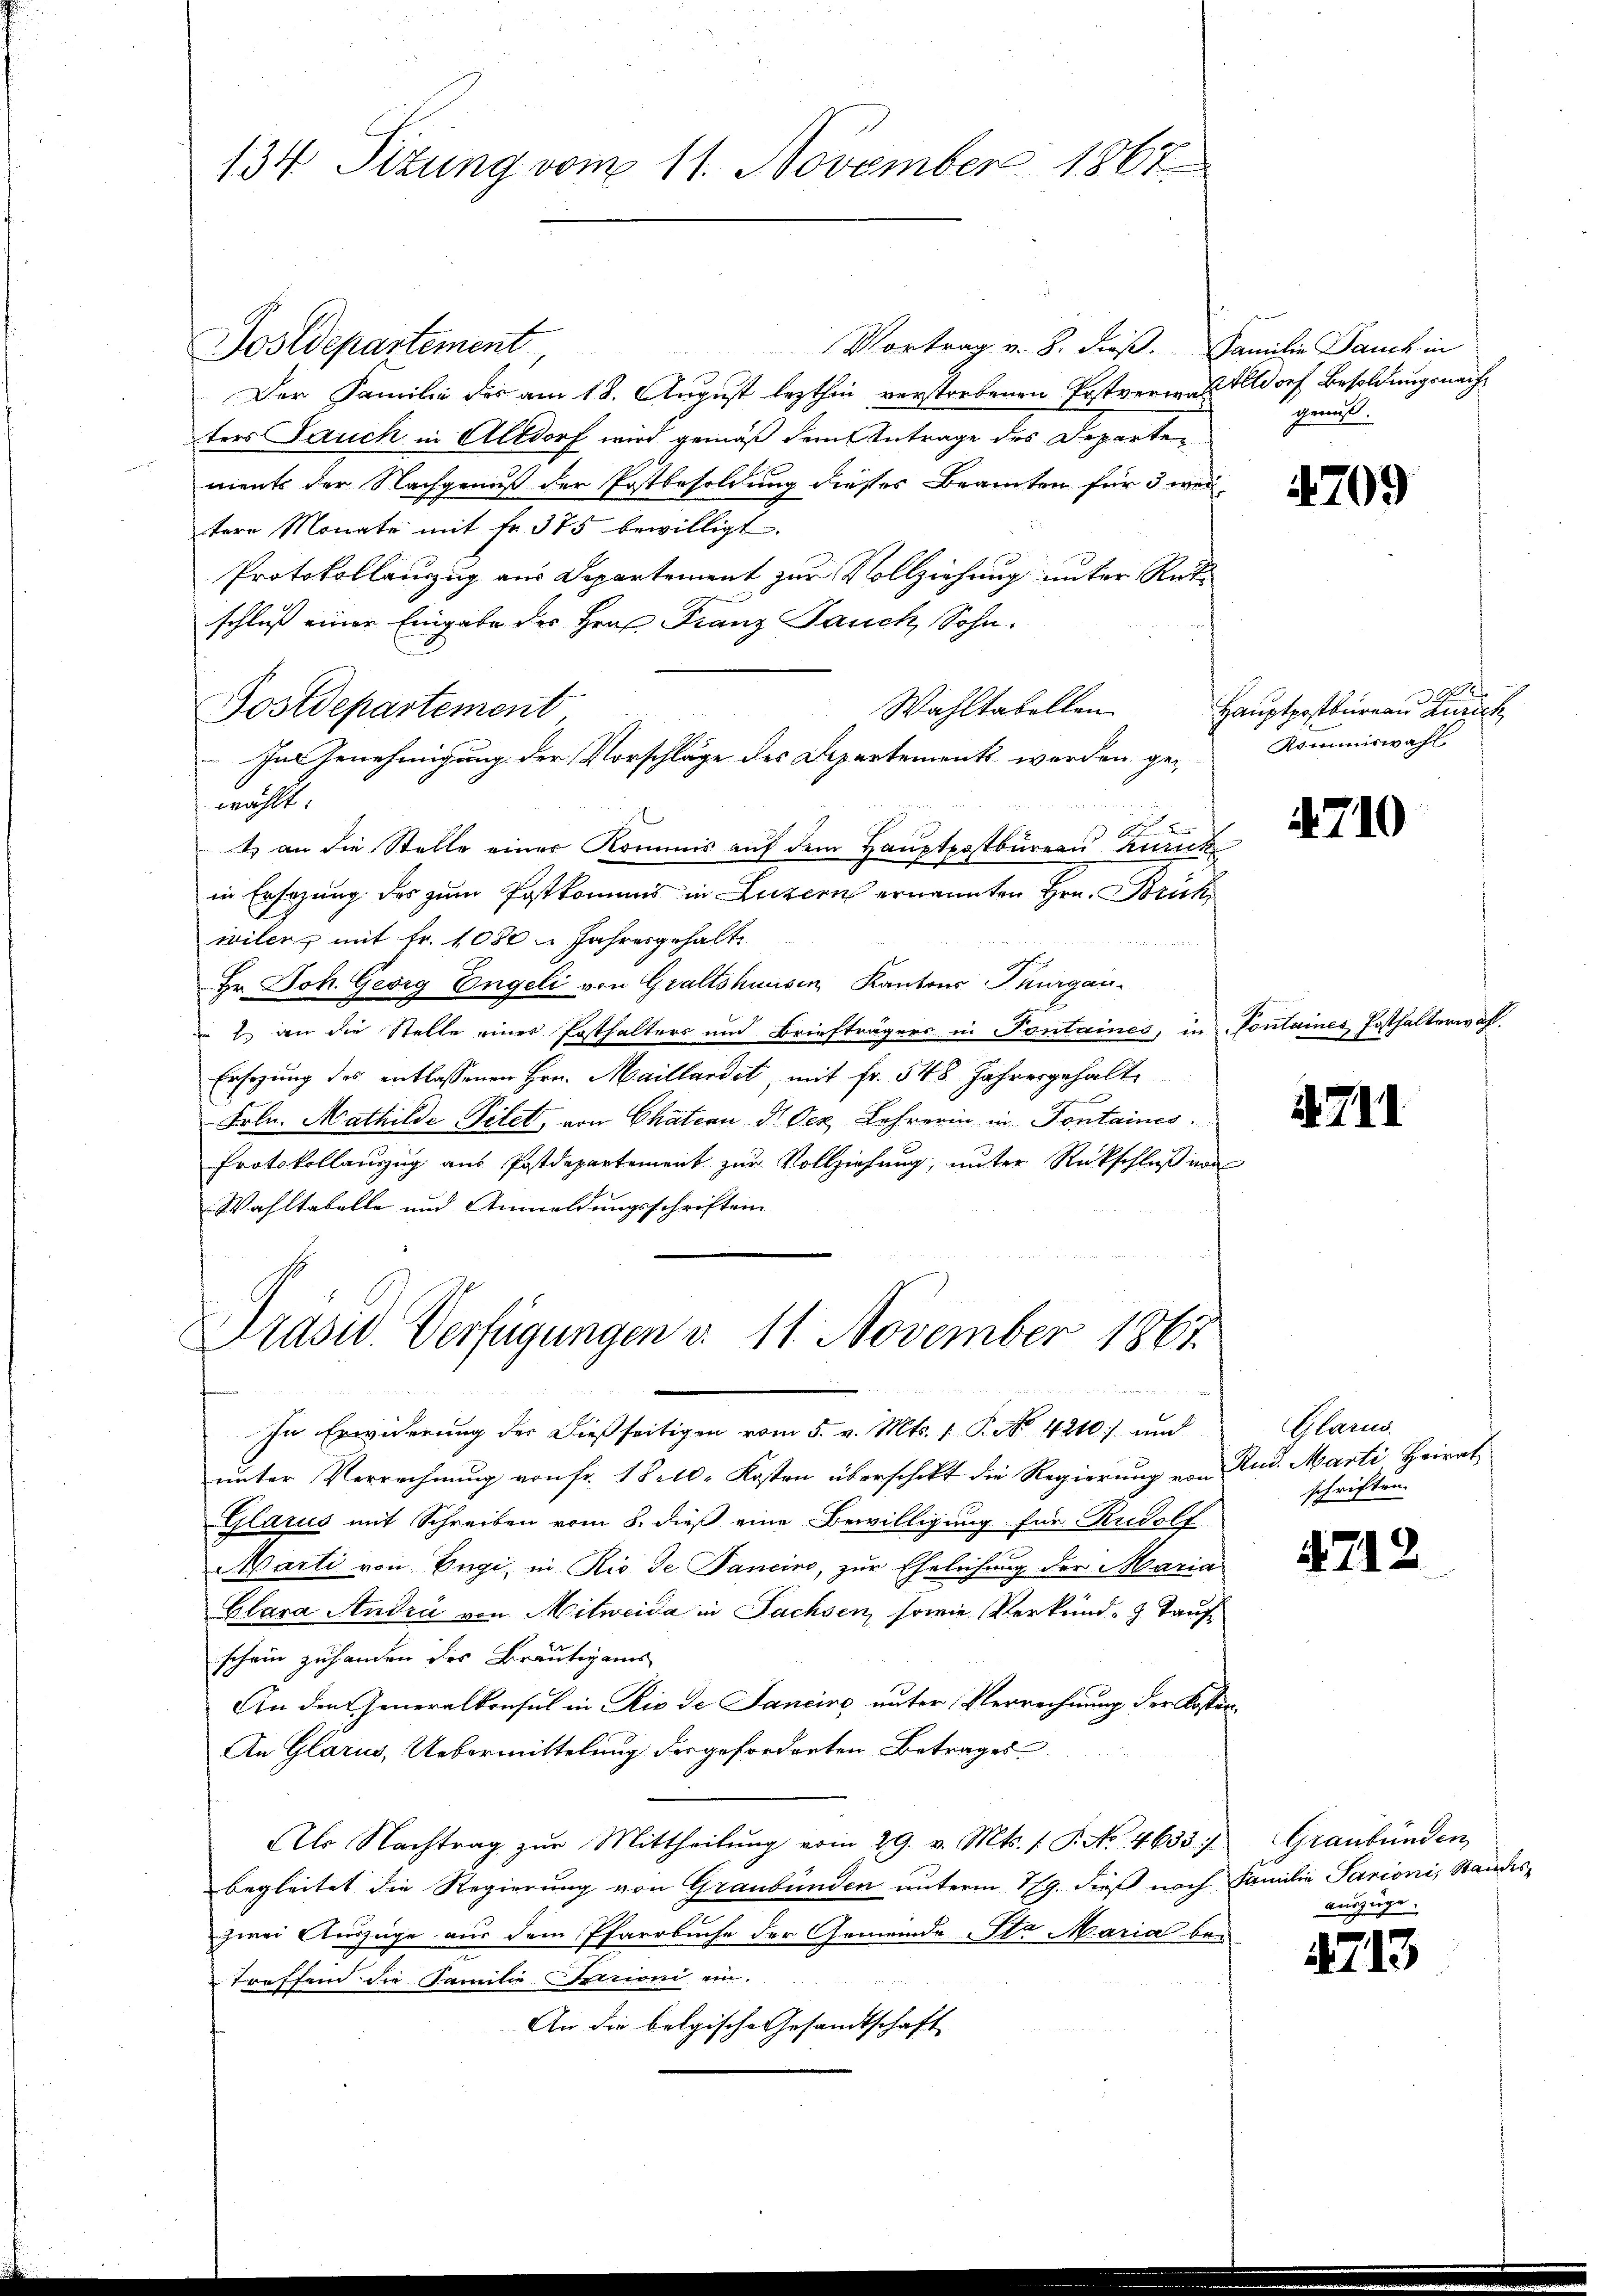
134 Sizung vom 11. November 1867

Sostdepartement
Vortrag v. 8. dieß. Familie Dauch in
Der Familie des am 18. August lezthin verstorbenen Postverwalttdorf Besoldungsnachters Jauch in Altdorf wird gemäß dem Antrage des Departements der Nachgenuß der Postbesoldung dieses Beamten für 3 weitere Monate mit fr. 375 bewilligt.
Protokollenzug aus Departement zur Vollziehung unter Rükschluß einer Eingabe des Hrn. Franz Jauch, Sohn.
Wahltabellen.
Postdepartement
In Genehmigung der Vorschläge des Departements werden gewählt.
e
t an die Stelle einer Kommis auf dem Hauptpostbureau Zürich
in Ersezung des zum Postkommnis in Luzern ernannten Hrn. Brück
wiler mit Fr. 1080 n Jahresgehalt

Hr. Joh. Georg Engeli von Graltshausen, Kantons Thurgau
 2 an die Stelle einer Posthalters und Briefträgers in Fontaines, in Fontaines Posthalterwähl¬
Ersezung des entlassenen Hrn. Maillardet, mit fr. 548 Jahresgehalte
Frln. Mathilde Filet, von Chätern d. Der Lehrerin in Fontaines
Protokollauszug aus Postdepartement zur Vollziehung, unter Rückschluß von
Wahltabelle und Anmeldungsschriften

Präsid. Verfügungen v. 11. November 1867

In Erwiderung der dießseitigen vom 5. v. Mts. 1. P. Nr. 4210) und
unter Verrechnung von fr. 1810. Kosten überschikt die Regierung von Rud. Marti, Heirat
Glarus mit Schreiben vom 8. dieß eine Bewilligung für Rudolf
Marli von Engi, in Rio de Pancins, zur Ehelichung der Maria
Clara Andra von Mitweida in Sachsen, sowie Verkund - 3. Taufschein zuhanden des Bräutigams
An der Generalkonsul in Rio de Sancire unter Verrechnung der Koster¬
An Glarus, Uebermittelung der geforderten Betrages
Als Nachtrag zur Mittheilung vom 29. v. Mts. 1. P. No. 4633/
begleitet die Regierung von Graubünden unterm 7/9. dieß noch Familie Parioni, Standes-
zwei Auszüge aus dem Pfarrbuche der Gemeinde Sta Maria be-
Treffend die Familie Perioni ein
An die belgische Gesandtschaft

gemahl.

4709

2
Hauptpostbureau Zürich
Kommiswahl

4710

4711

Blan
schriften.

4712

Graubünden
auszüge.

4713